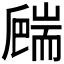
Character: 𦓙